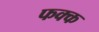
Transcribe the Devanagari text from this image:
फक्क